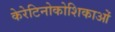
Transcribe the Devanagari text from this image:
केरेटिनोकोशिकाओं